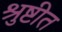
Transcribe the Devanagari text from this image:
श्रुष्टीत